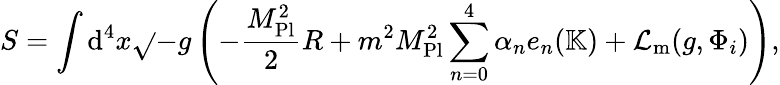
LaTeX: S=\int\mathrm{d}^{4}x{\sqrt{}{{-g}}}\left(-{\frac{{M_{\mathrm{{Pl}}}^{2}}}{{2}}}R+m^{2}M_{\mathrm{{Pl}}}^{2}\displaystyle\sum_{n=0}^{4}\alpha_{n}e_{n}(\mathbb{{K}})+{\mathcal{{L}}}_{\mathrm{{m}}}(g,\Phi_{i})\right),